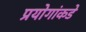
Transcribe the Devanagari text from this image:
प्रयोगांकडे